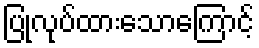
ပြုလုပ်ထားသောကြောင့်